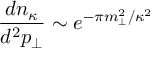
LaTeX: \frac { d n _ { \kappa } } { d ^ { 2 } p _ { \perp } } \sim e ^ { - \pi m _ { \perp } ^ { 2 } / \kappa ^ { 2 } }